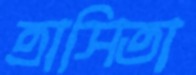
ত্রাসিতা